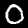
Label: 0